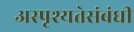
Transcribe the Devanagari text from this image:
अस्पृश्यतेसंबंधी